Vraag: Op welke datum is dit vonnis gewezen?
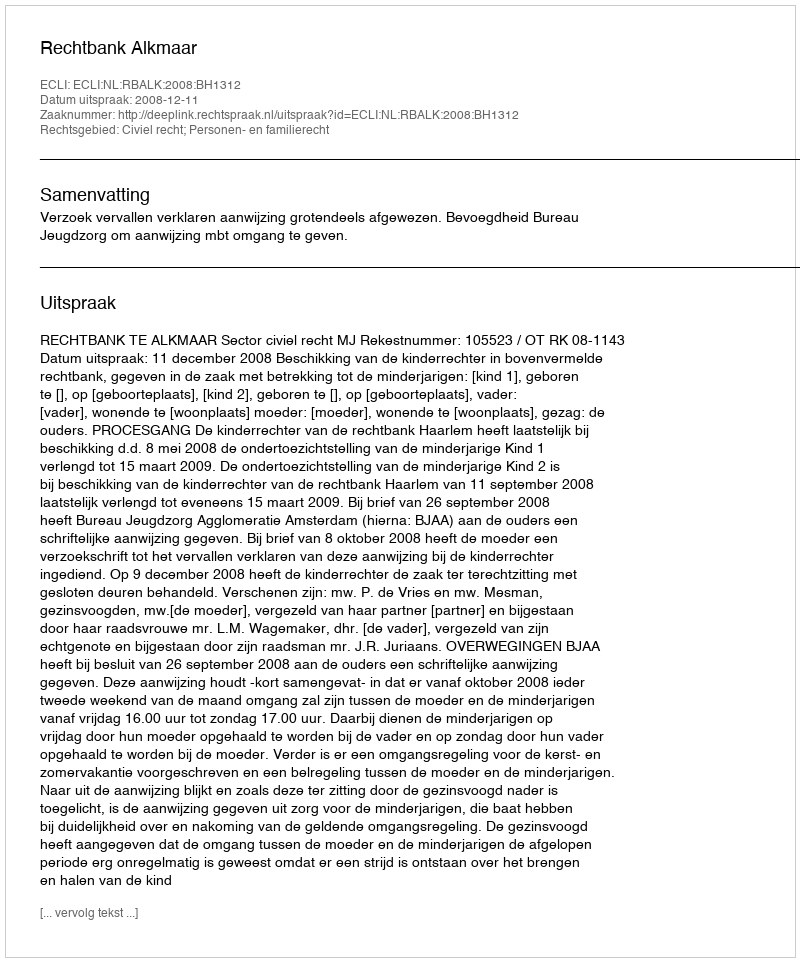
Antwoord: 2008-12-11